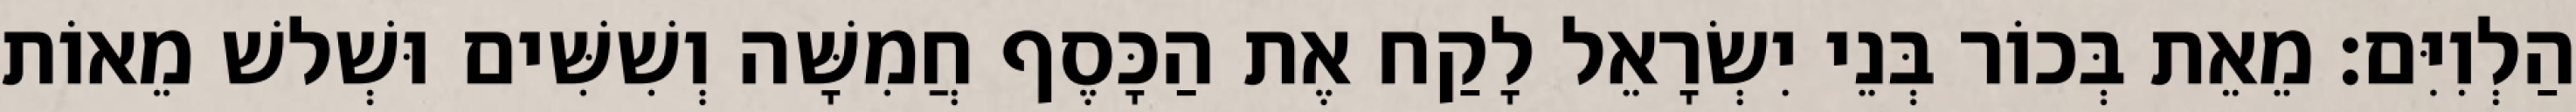
הַלְוִיִּם׃ מֵאֵת בְּכוֹר בְּנֵי יִשְׂרָאֵל לָקַח אֶת הַכָּסֶף חֲמִשָּׁה וְשִׁשִּׁים וּשְׁלשׁ מֵאוֹת